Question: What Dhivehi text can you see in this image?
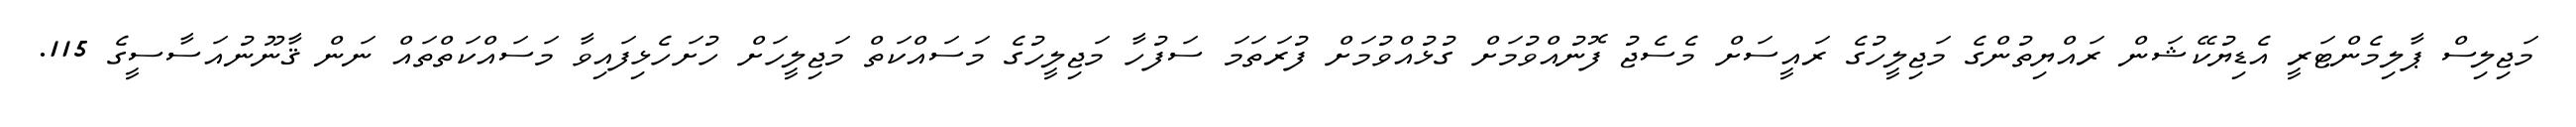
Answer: މަޖިލިސް ޕާލިމެންޓަރީ އެޑިޔުކޭޝަން ރައްޔިތުންގެ މަޖިލީހުގެ ރައީސަށް މެސެޖު ފޮނުއްވުމަށް ގުޅުއްވުމަށް ފުރަތަމަ ސަފުހާ މަޖިލީހުގެ މަސައްކަތް މަޖިލީހަށް ހުށަހެޅިފައިވާ މަސައްކަތްތައް ނަން ޤާނޫނުއަސާސީގެ 115.